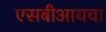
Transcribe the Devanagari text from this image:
एसबीआयचा